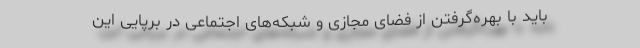
باید با بهره‌گرفتن از فضای مجازی و شبکه‌های اجتماعی در برپایی این